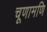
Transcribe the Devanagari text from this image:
चूणामणि